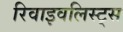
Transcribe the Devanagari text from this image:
रिवाइवलिस्ट्स